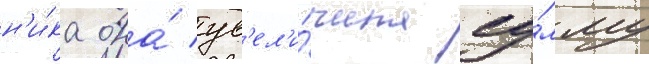
н'и́ка она́ ув'ел'и́чила су́мму